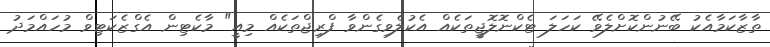
ތާޒާކަމާއެކު ބޭނުންކޮށްލެވޭ ކަހަލަ ޓެކްނޮލޮޖީތަކެއް އެކުލެވިގެންވާ ފްރިޖްތަކެއް މިއީ" މާކެޓިން އެގްޒެކަޓިވް މުހައްމަދު